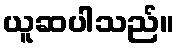
ယူဆပါသည်။